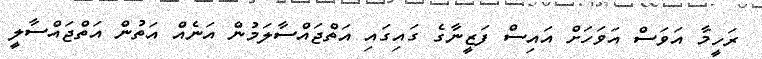
ރަހީމާ އަވަސް އަވަހަށް އައިސް ފަޒީނާގެ ގައިގައި އަތްޖައްސާލަމުން އަނެއް އަތުން އަތްޖައްސާލީ